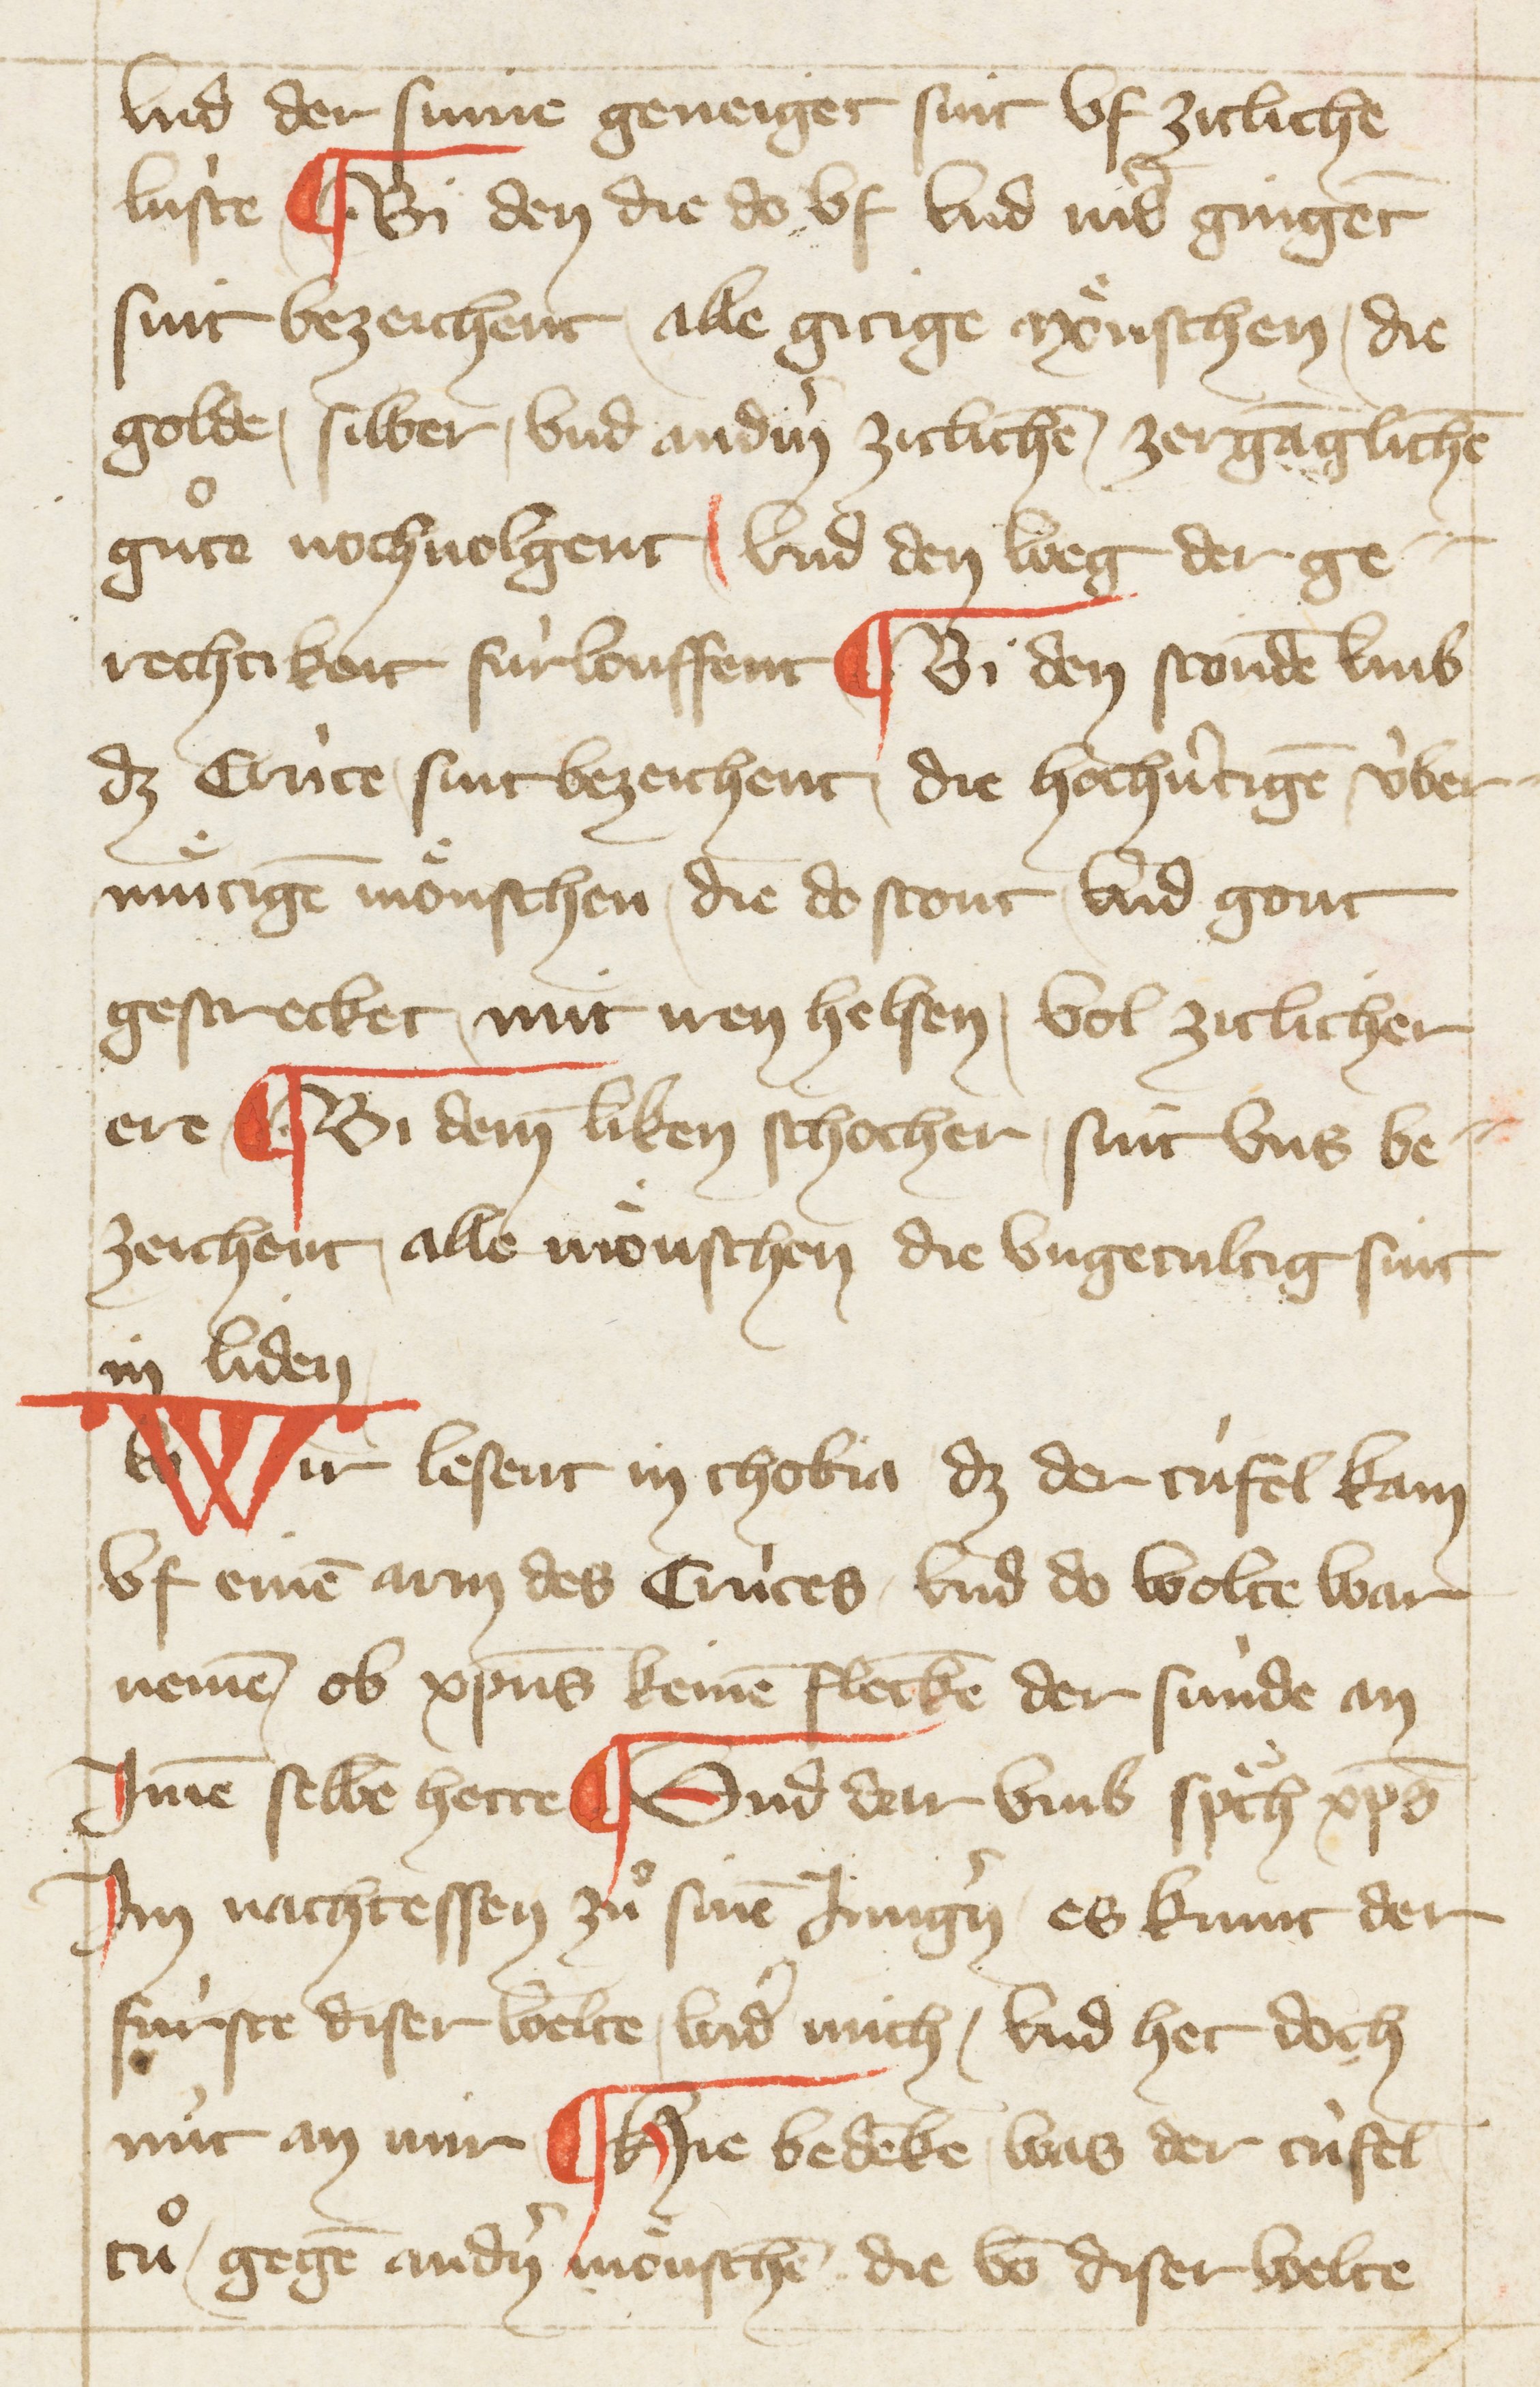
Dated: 1396–1403